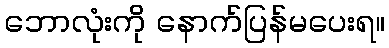
ဘောလုံးကို နောက်ပြန်မပေးရ။